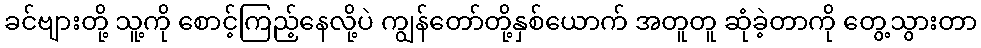
ခင်ဗျားတို့ သူ့ကို စောင့်ကြည့်နေလို့ပဲ ကျွန်တော်တို့နှစ်ယောက် အတူတူ ဆုံခဲ့တာကို တွေ့သွားတာ